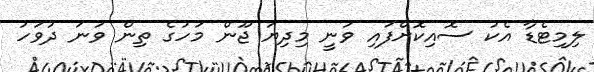
ލިމިޓެޑާ އެކު ސޮއިކޮށްފައި ވަނީ މިދިޔަ ޖޫން މަހުގެ ތިން ވަނަ ދުވަހު